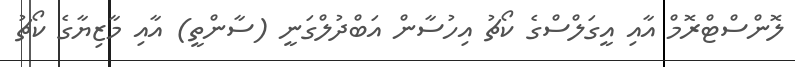
ލޮންސްޓްރޮމް އާއި އީގަލްސްގެ ކޯޗު އިހުސާން އަބްދުލްގަނީ (ސާންތީ) އާއި މާޒިޔާގެ ކޯޗު